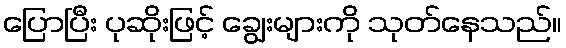
ပြောပြီး ပုဆိုးဖြင့် ချွေးများကို သုတ်နေသည်။